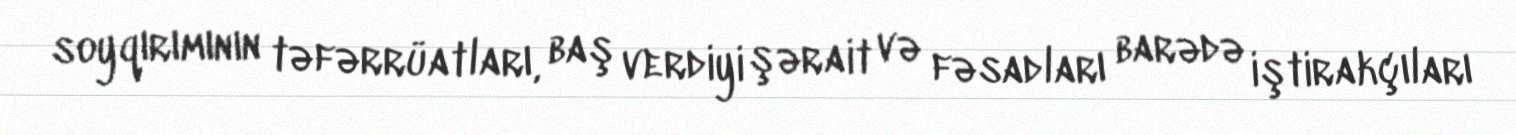
soyqırımının təfərrüatları, baş verdiyi şərait və fəsadları barədə iştirakçıları